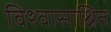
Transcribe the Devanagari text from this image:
विश्वासाश्रित